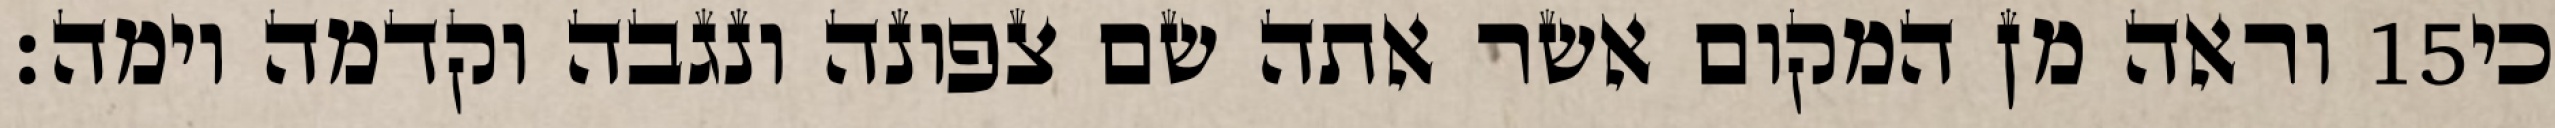
וראה מן המקום אשר אתה שם צפונה ונגבה וקדמה וימה׃ ‎15‏ כי